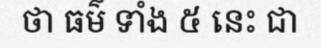
ថា ធម៌ ទាំង ៥ នេះ ជា